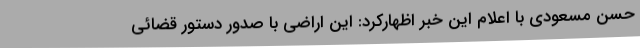
حسن مسعودی با اعلام این خبر اظهارکرد: این اراضی با صدور دستور قضائی